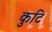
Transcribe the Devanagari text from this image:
कुटि